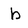
Character: b